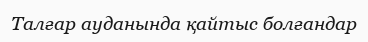
Талғар ауданында қайтыс болғандар